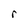
Character: r